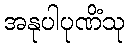
အနုပါပုဏိံသု